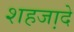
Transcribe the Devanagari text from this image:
शहजा़दे